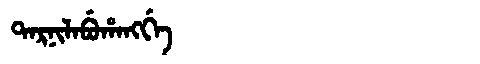
Manchu: ᡨᠠᡵᠨᡳᠯᠠᠪᡠᡥᠠᠩᡤᡝ
Romanization: TARNILABUHANGGE